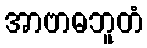
အာဗာဓဘူတံ